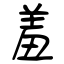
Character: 羞